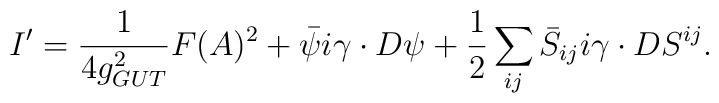
I'={1\over 4 g_{GUT}^2}F(A)^2+ \bar\psi i\gamma\cdot D\psi+{1\over 2}\sum_{ij}\bar S_{ij} i\gamma\cdot D S^{ij}.